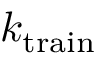
k _ { \mathrm { t r a i n } }